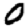
Digit: 0